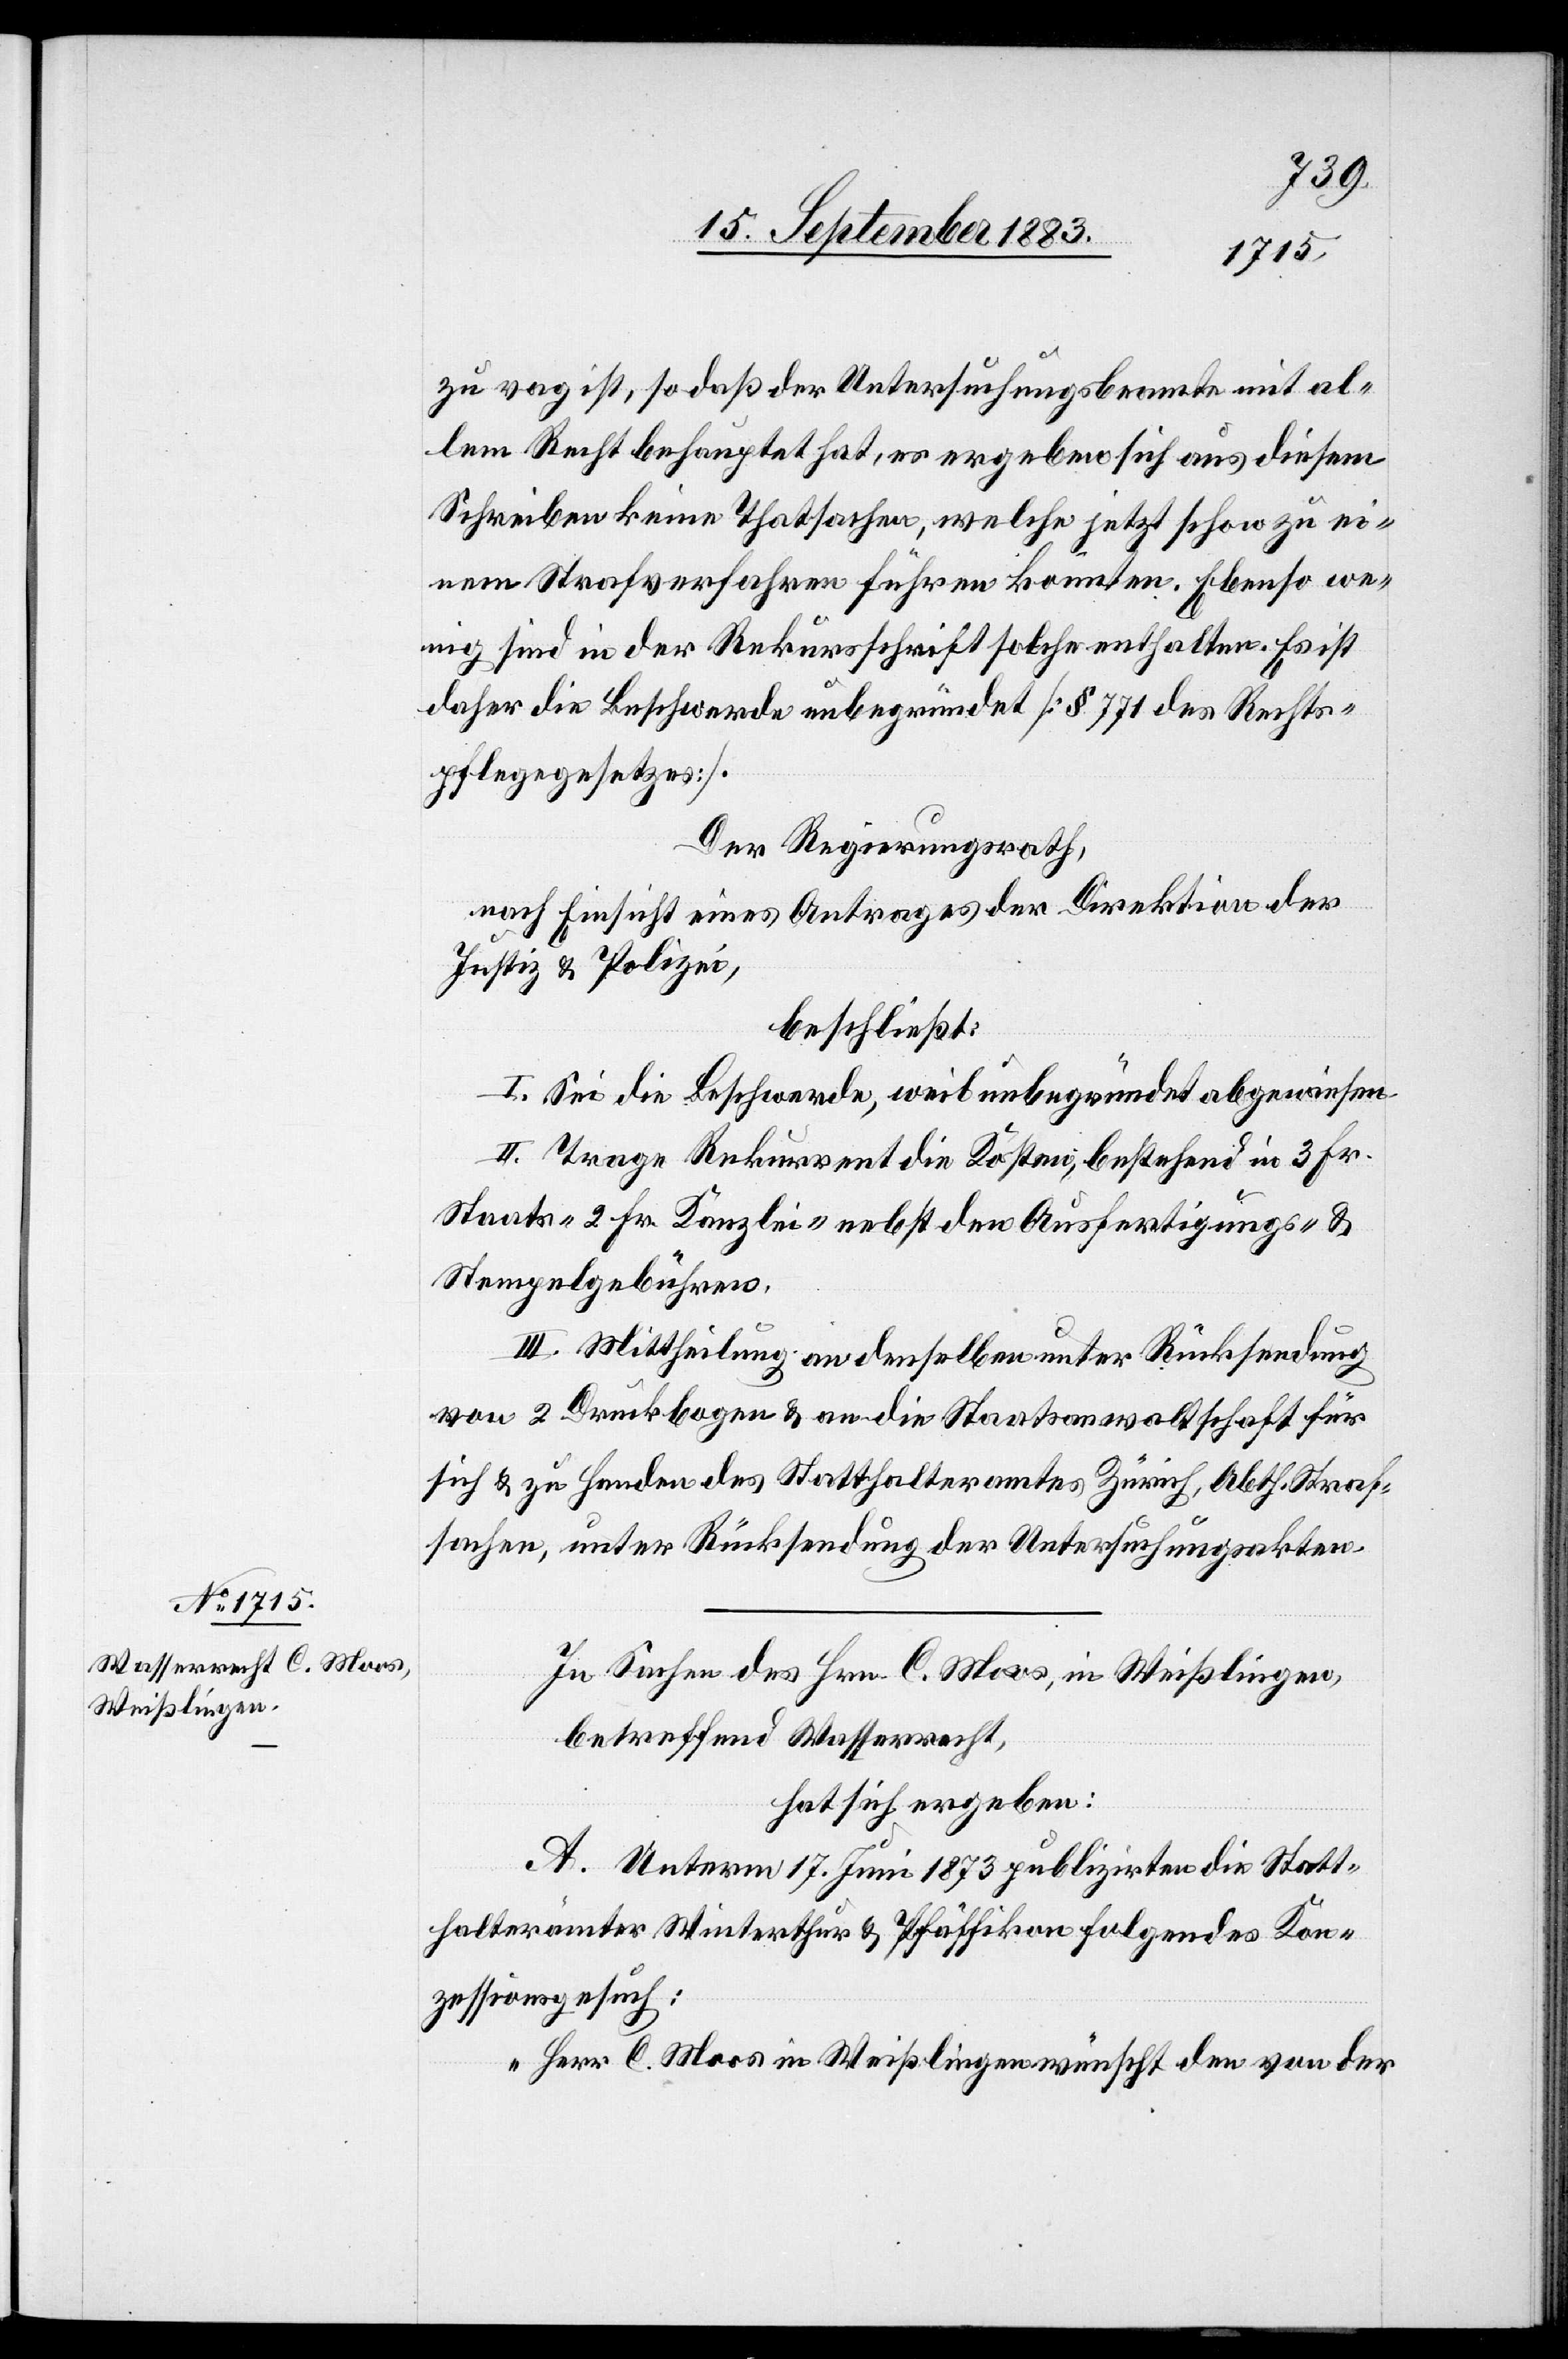
zu vag ist, so daß der Untersuchungsbeamte mit al¬
lem Recht behauptet hat, es ergeben sich aus diesem
Schreiben keine Thatsachen, welche jetzt schon zu ei¬
nem Strafverfahren führen könnten. Ebenso we¬
nig sind in der Rekursschrift solche enthalten. Es ist
daher die Beschwerde unbegründet [§ 771 des Rechts¬
pflegegesetzes].
Der Regierungsrath,
nach Einsicht eines Antrages der Direktion der
Justiz & Polizei,
beschließt:
I. Sei die Beschwerde, weil unbegründet[,] abgewiesen.
II. Trage Rekurrent die Kosten, bestehend in 3 Fr.
Staats-[,] 2 Fr. Kanzlei- nebst den Ausfertigungs- &
Stempelgebühren.
III. Mittheilung an denselben unter Rücksendung
von 2 Druckbogen & an die Staatsanwaltschaft für
sich und zu Handen des Statthalteramtes Zürich, Abth. Straf¬
sachen, unter Rücksendung der Untersuchungsakten.
In Sachen des Hrn. C. Moos, in Weißlingen,
betreffend Wasserrecht,
hat sich ergeben:
A. Unterm 17. Juni 1873 publizirten die Statt¬
halterämter Winterthur & Pfäffikon folgendes Kon¬
zessionsgesuch:
„Herr C. Moos in Weißlingen wünscht den von der